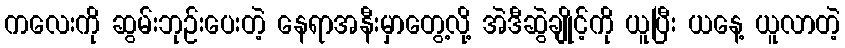
ကလေးကို ဆွမ်းဘုဉ်းပေးတဲ့ နေရာအနီးမှာတွေ့လို့ အဲဒီဆွဲချိုင့်ကို ယူပြီး ယနေ့ ယူလာတဲ့